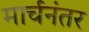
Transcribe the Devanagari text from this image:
मार्चनंतर